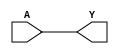
module single_variable_kmap (
    input wire A,  // Single binary input
    output wire Y  // Output based on K-map logic
);

// Define the K-map logic
// For this example, let's assume:
// Y0 = 0 (when A = 0)
// Y1 = 1 (when A = 1)
// This means Y = A (direct mapping)

assign Y = A; // Output Y is directly equal to input A

endmodule